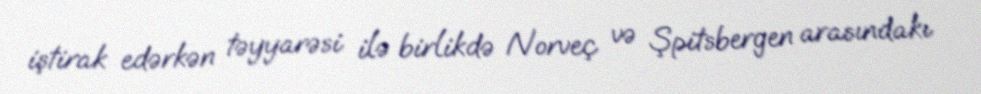
iştirak edərkən təyyarəsi ilə birlikdə Norveç və Şpitsbergen arasındakı